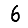
Digit: 6